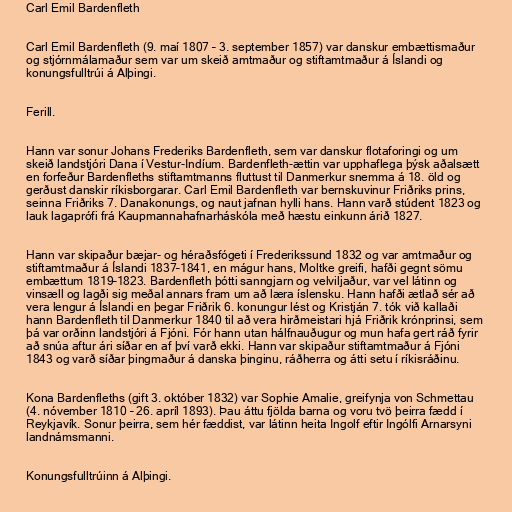
Carl Emil Bardenfleth

Carl Emil Bardenfleth (9. maí 1807 – 3. september 1857) var danskur embættismaður
og stjórnmálamaður sem var um skeið amtmaður og stiftamtmaður á Íslandi og
konungsfulltrúi á Alþingi.

Ferill.

Hann var sonur Johans Frederiks Bardenfleth, sem var danskur flotaforingi og um
skeið landstjóri Dana í Vestur-Indíum. Bardenfleth-ættin var upphaflega þýsk aðalsætt
en forfeður Bardenfleths stiftamtmanns fluttust til Danmerkur snemma á 18. öld og
gerðust danskir ríkisborgarar. Carl Emil Bardenfleth var bernskuvinur Friðriks prins,
seinna Friðriks 7. Danakonungs, og naut jafnan hylli hans. Hann varð stúdent 1823 og
lauk lagaprófi frá Kaupmannahafnarháskóla með hæstu einkunn árið 1827.

Hann var skipaður bæjar- og héraðsfógeti í Frederikssund 1832 og var amtmaður og
stiftamtmaður á Íslandi 1837–1841, en mágur hans, Moltke greifi, hafði gegnt sömu
embættum 1819–1823. Bardenfleth þótti sanngjarn og velviljaður, var vel látinn og
vinsæll og lagði sig meðal annars fram um að læra íslensku. Hann hafði ætlað sér að
vera lengur á Íslandi en þegar Friðrik 6. konungur lést og Kristján 7. tók við kallaði
hann Bardenfleth til Danmerkur 1840 til að vera hirðmeistari hjá Friðrik krónprinsi, sem
þá var orðinn landstjóri á Fjóni. Fór hann utan hálfnauðugur og mun hafa gert ráð fyrir
að snúa aftur ári síðar en af því varð ekki. Hann var skipaður stiftamtmaður á Fjóni
1843 og varð síðar þingmaður á danska þinginu, ráðherra og átti setu í ríkisráðinu.

Kona Bardenfleths (gift 3. október 1832) var Sophie Amalie, greifynja von Schmettau
(4. nóvember 1810 – 26. apríl 1893). Þau áttu fjölda barna og voru tvö þeirra fædd í
Reykjavík. Sonur þeirra, sem hér fæddist, var látinn heita Ingolf eftir Ingólfi Arnarsyni
landnámsmanni.

Konungsfulltrúinn á Alþingi.